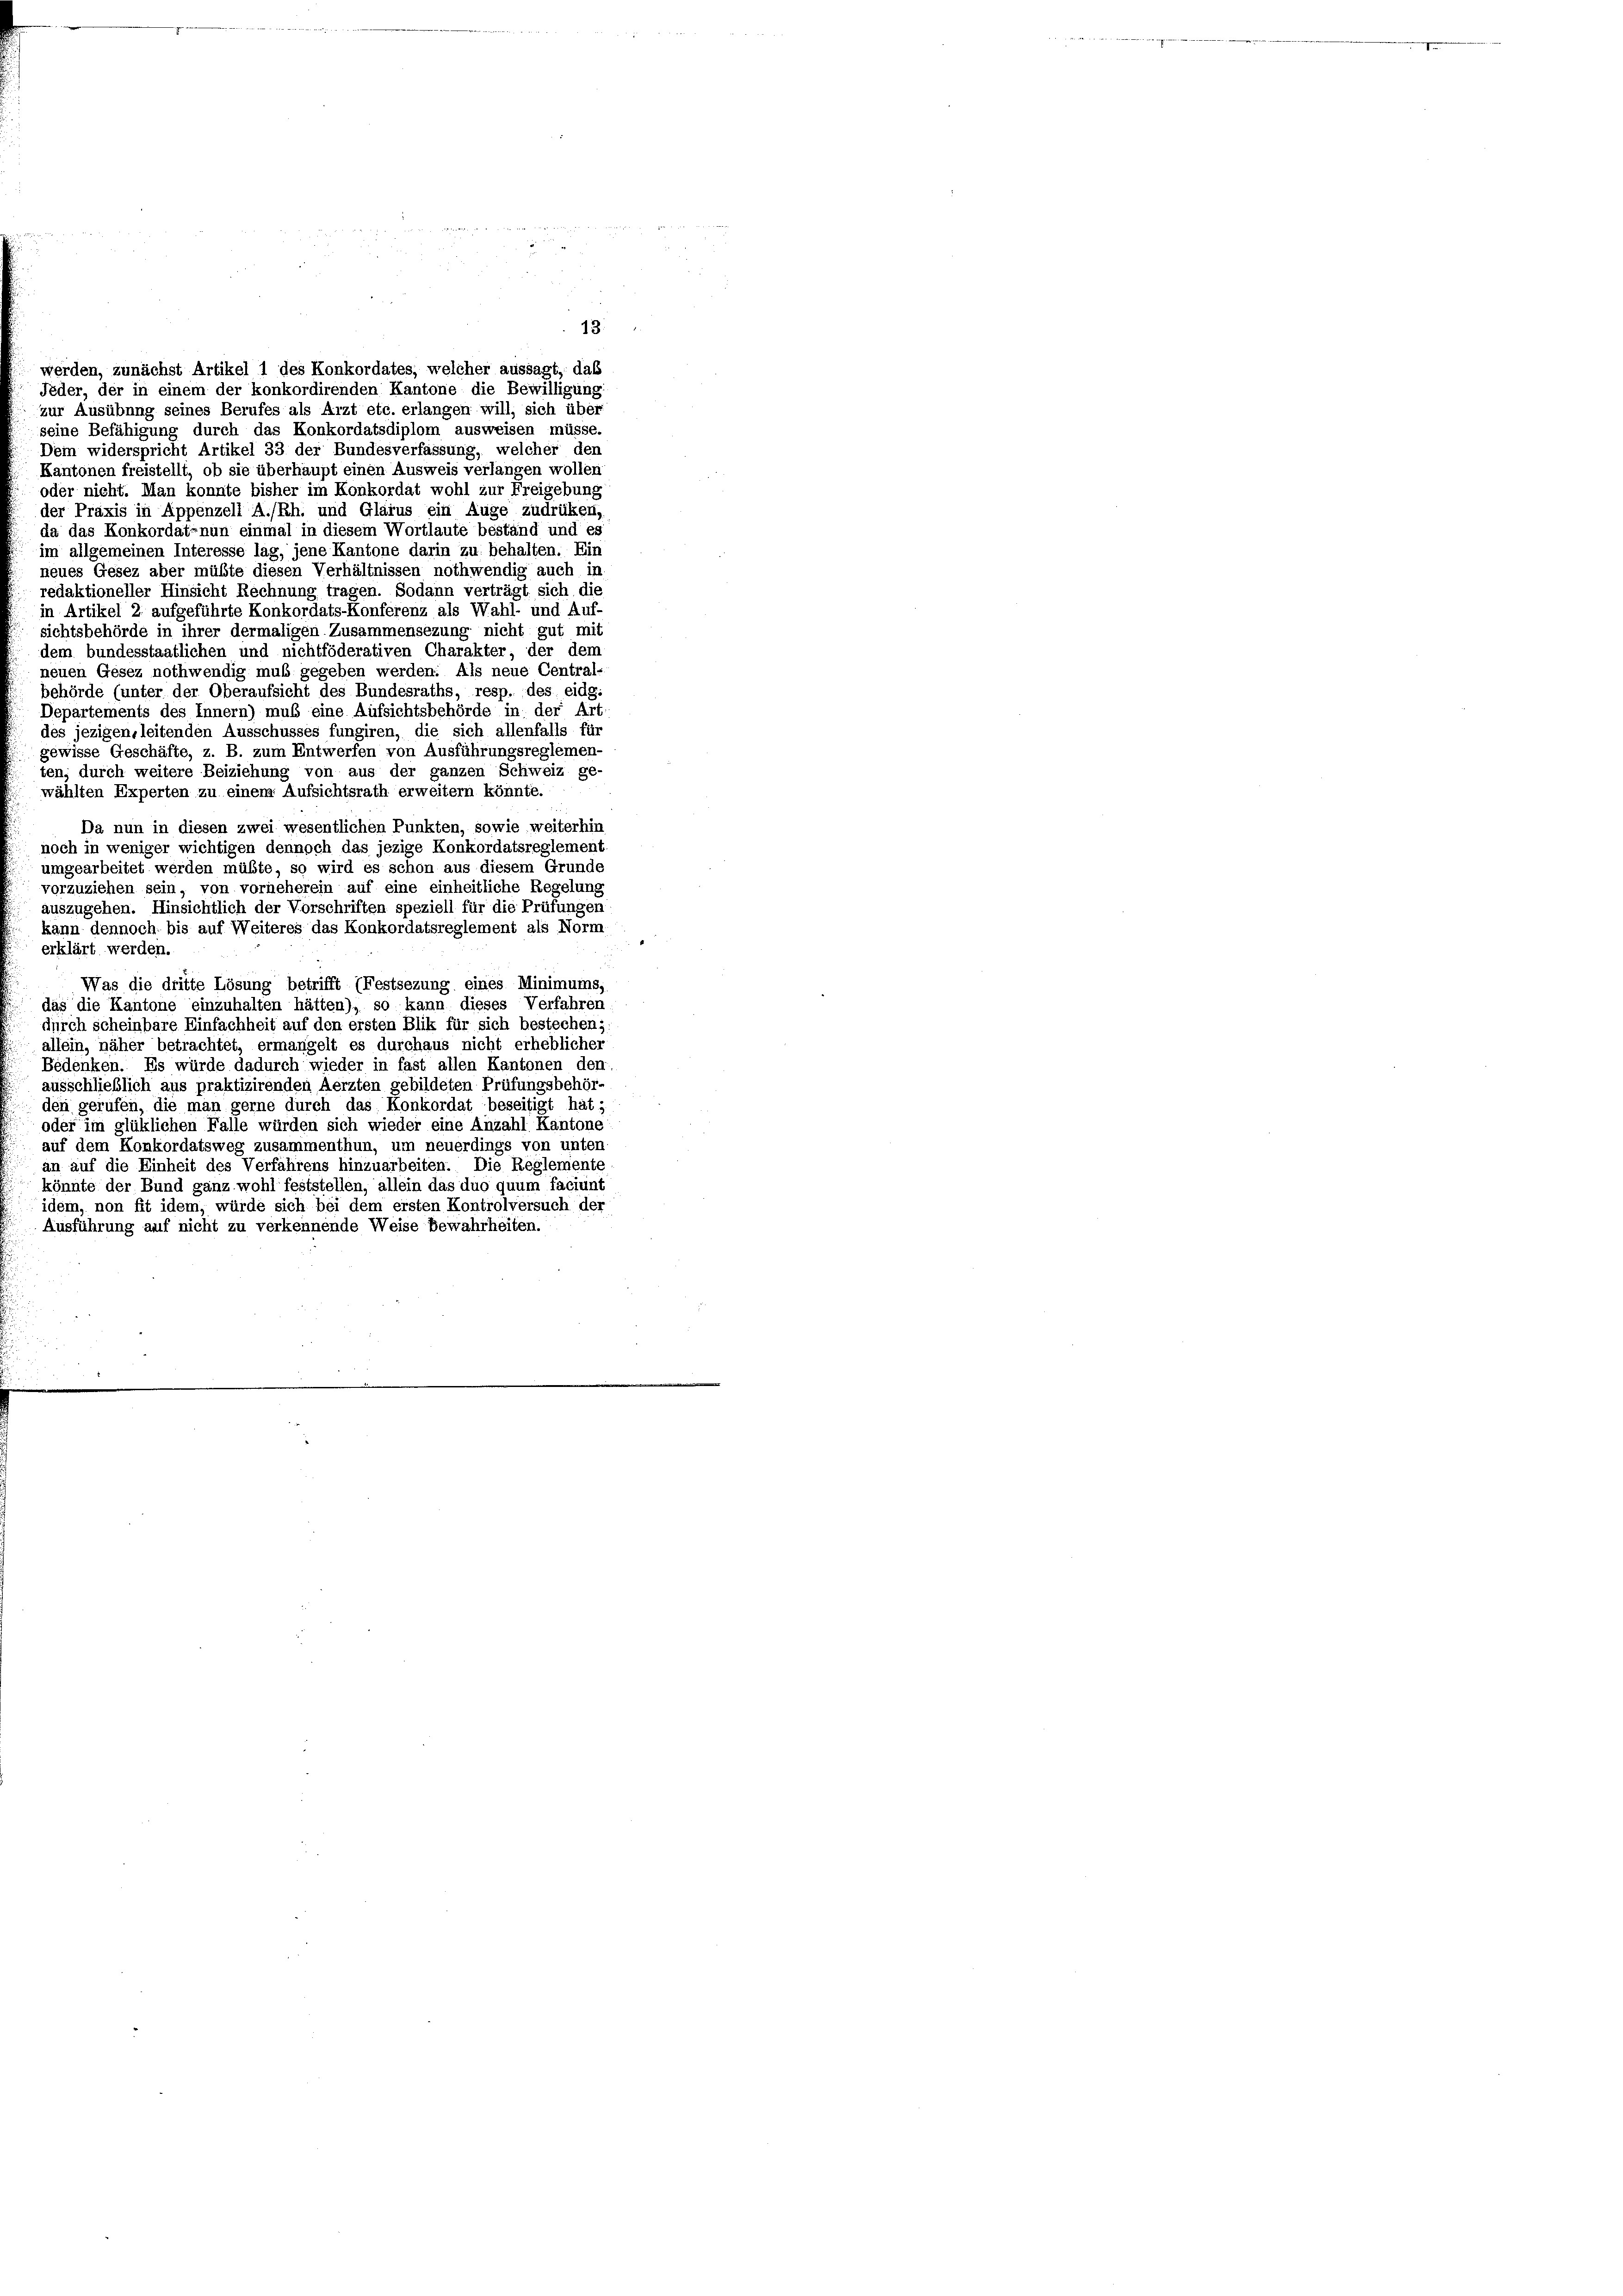
13.

werden, zunächst Artikel 1 des Konkordates, welcher aussagt, das
Jeder, der in einem der konkordirenden Kantone die Bewilligung
zur Ausübung seines Berufes als Arzt etc. erlangen will, sich über
seine Befähigung durch das Konkordatsdiplom ausweisen müsse
Dem widerspricht Artikel 33 der Bundesverfassung, welcher den
Kantonen freistellt, ob sie überhaupt einen Ausweis verlangen wollen
oder nicht. Man konnte bisher im Konkordat wohl zur Freigebung
der Praxis in Appenzell A./Rh. und Glarus ein Auge zudrücken,
da das Konkordat-nun einmal in diesem Wortlaute beständ und es
im allgemeinen Interesse lag, jene Kantone darin zu behalten. Ein
neues Gesez aber müßte diesen Verhältnissen nothwendig auch in
redaktioneller Hinsicht Rechnung tragen. Sodann verträgt sich die
in Artikel 2 aufgeführte Konkordats-Konferenz als Wahl- und Auf-
sichtsbehörde in ihrer dermaligen Zusammensezung nicht gut mit
dem bundesstaatlichen und nichtföderativen Charakter, der dem
neuen Gesez nothwendig muß gegeben werden: Als neue Central-
behörde (unter der Oberaufsicht des Bundesraths, resp. des eidg.
Departements des Innern) muß eine Aufsichtsbehörde in der Art.
des jezigen, leitenden Ausschusses fungiren, die sich allenfalls für
gewisse Geschäfte, z. B. zum Entwerfen von Ausführungsreglemen-
ten, durch weitere Beiziehung von aus der ganzen Schweiz ge-
wählten Experten zu einem Aufsichtsrath erweitern könnte.
Da nun in diesen zwei wesentlichen Punkten, sowie weiterhin
noch in weniger wichtigen dennoch das jezige Konkordatsreglement
umgearbeitet werden müßte, so wird es schon aus diesem Grunde
vorzuziehen sein, von vorneherein auf eine einheitliche Regelung
auszugehen. Hinsichtlich der Vorschriften speziell für die Prüfungen
kann dennoch bis auf Weiteres das Konkordatsreglement als Norm
erklärt werden.
Was die dritte Lösung betrifft (Festsezung eines Minimums,
das die Kantone einzuhalten hätten), so kann dieses Verfahren
durch scheinbare Einfachheit auf den ersten Blik für sich bestechen;
allein, näher betrachtet, ermangelt es durchaus nicht erheblicher
Bedenken. Es würde dadurch wieder in fast allen Kantonen den
ausschließlich aus praktizirenden Aerzten gebildeten Prüfungsbehör-
den gerufen, die man gerne durch das Konkordat beseitigt hat;
oder im glüklichen Falle würden sich wieder eine Anzahl Kantone
auf dem Konkordatsweg zusammenthun, um neuerdings von unten-
an auf die Einheit des Verfährens hinzuarbeiten. Die Reglemente
könnte der Bund ganz wohl feststellen, allein das duo quum faciunt
idem, non fit idem, würde sich bei dem ersten Kontrolversuch der
Ausführung auf nicht zu verkennende Weise Bewahrheiten.